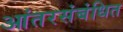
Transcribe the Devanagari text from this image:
आंतरसंबंधित